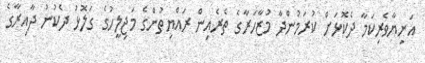
އަނިޔާވެރިކަމާ ދެކޮޅަށް ކުރަމުންދާ މުޒާހަރާގެ ތެރެއިން ރައްޔިތުންގެ މަޖިލީހުގެ ގަލޮޅު ދެކުނު ދާއިރާގެ